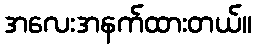
အလေးအနက်ထားတယ်။